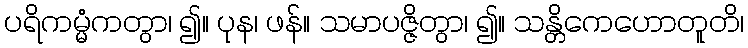
ပရိကမ္မံကတွာ၊ ၍။ ပုန၊ ဖန်။ သမာပဇ္ဇိတွာ၊ ၍။ သန္တိကေဟောတူတိ၊